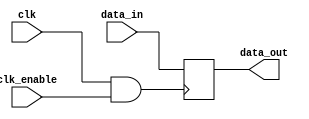
module clock_gated_memory (
    input wire clk,             // Primary clock signal
    input wire clk_enable,      // Clock enable signal
    input wire [N-1:0] data_in, // Input data to the memory block
    output reg [N-1:0] data_out // Output data from the memory block
);
    parameter N = 8; // Width of data bus, can be adjusted as needed

    // Gated clock signal
    wire gated_clk;

    // AND gate to implement clock gating
    assign gated_clk = clk & clk_enable;

    // Memory block functionality (simple register example)
    always @(posedge gated_clk) begin
        data_out <= data_in;
    end

endmodule